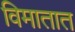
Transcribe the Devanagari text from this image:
विमातात